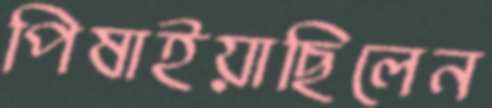
পিষাইয়াছিলেন